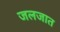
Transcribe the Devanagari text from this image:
जलजात